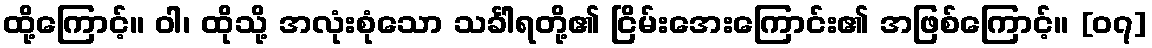
ထို့ကြောင့်။ ဝါ၊ ထိုသို့ အလုံးစုံသော သင်္ခါရတို့၏ ငြိမ်းအေးကြောင်း၏ အဖြစ်ကြောင့်။ [၀၇]